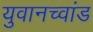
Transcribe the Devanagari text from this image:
युवानच्वांड